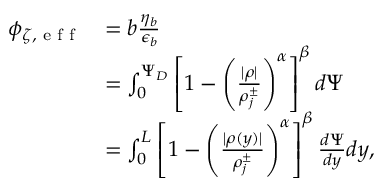
\begin{array} { r l } { \phi _ { \zeta , \textrm { e f f } } } & { = b \frac { \eta _ { b } } { \epsilon _ { b } } } \\ & { = \int _ { 0 } ^ { \Psi _ { D } } \left[ 1 - \left( \frac { | \rho | } { \rho _ { j } ^ { \pm } } \right) ^ { \alpha } \right] ^ { \beta } d \Psi } \\ & { = \int _ { 0 } ^ { L } \left[ 1 - \left( \frac { | \rho ( y ) | } { \rho _ { j } ^ { \pm } } \right) ^ { \alpha } \right] ^ { \beta } \frac { d \Psi } { d y } d y , } \end{array}